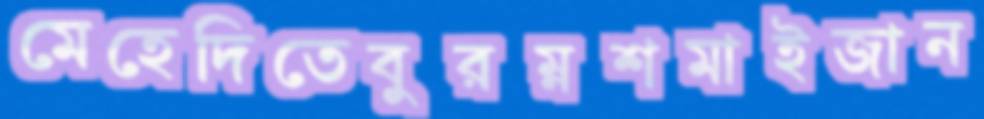
মেহেদিতেবুরম্নশমাইজান